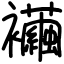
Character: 襺